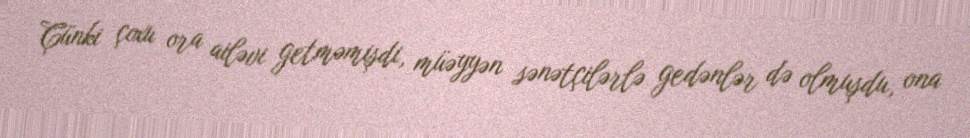
Çünki çoxu ora ailəvi getməmişdi, müəyyən sənətçilərlə gedənlər də olmuşdu, ona